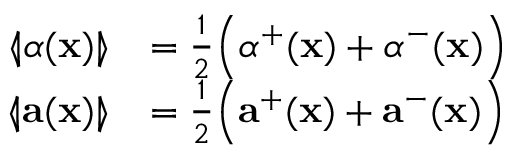
\begin{array} { r l } { \llangle \alpha ( \mathbf { x } ) \rrangle } & { = \frac { 1 } { 2 } \Big ( \alpha ^ { + } ( \mathbf { x } ) + \alpha ^ { - } ( \mathbf { x } ) \Big ) } \\ { \llangle \mathbf { a } ( \mathbf { x } ) \rrangle } & { = \frac { 1 } { 2 } \Big ( \mathbf { a } ^ { + } ( \mathbf { x } ) + \mathbf { a } ^ { - } ( \mathbf { x } ) \Big ) } \end{array}